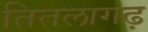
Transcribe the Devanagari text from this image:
तितलागढ़